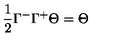
\frac { 1 } { 2 } \Gamma ^ { - } \Gamma ^ { + } \Theta = \Theta